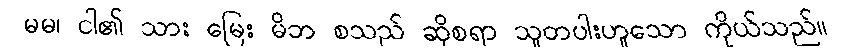
မမ၊ ငါ၏ သား မြေး မိဘ စသည် ဆိုစရာ သူတပါးဟူသော ကိုယ်သည်။